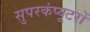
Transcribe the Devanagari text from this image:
सुपरकंप्यूटरों